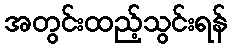
အတွင်းထည့်သွင်းရန်